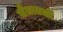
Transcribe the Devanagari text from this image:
चैत्रातली